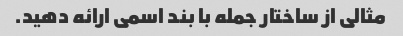
مثالی از ساختار جمله با بند اسمی ارائه دهید.